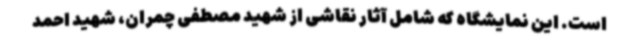
است. این نمایشگاه که شامل آثار نقاشی از شهید مصطفی چمران، شهید احمد